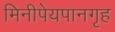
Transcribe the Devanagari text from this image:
मिनीपेयपानगृह